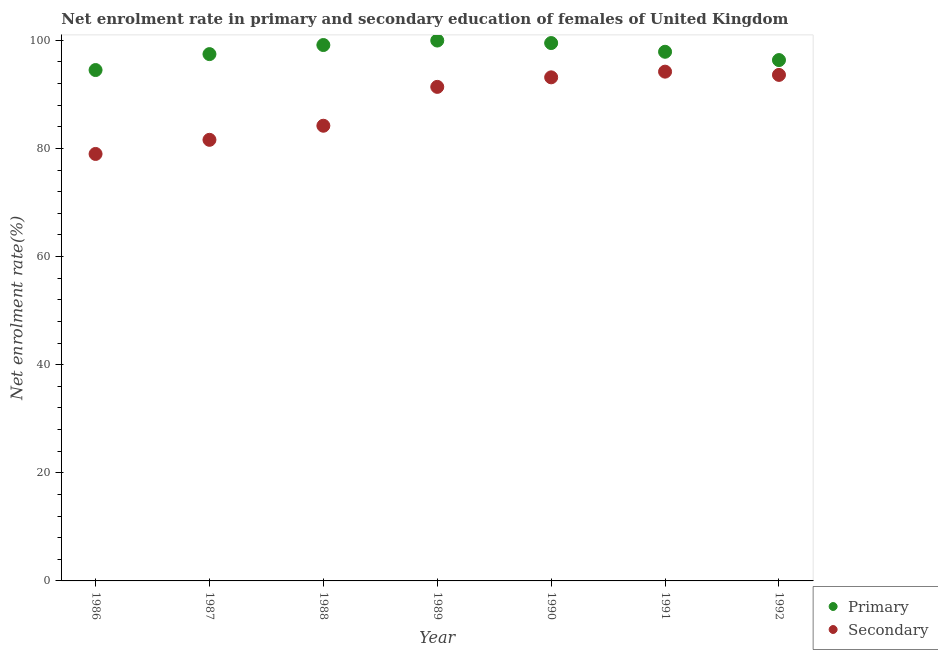
| Year | Primary | Secondary |
 | --- | --- | --- |
 | 1986 | 94.5 | 79 |
 | 1987 | 97.4 | 81.6 |
 | 1988 | 99.1 | 84.2 |
 | 1989 | 99.9 | 91.4 |
 | 1990 | 99.5 | 93.1 |
 | 1991 | 97.9 | 94.2 |
 | 1992 | 96.3 | 93.6 |